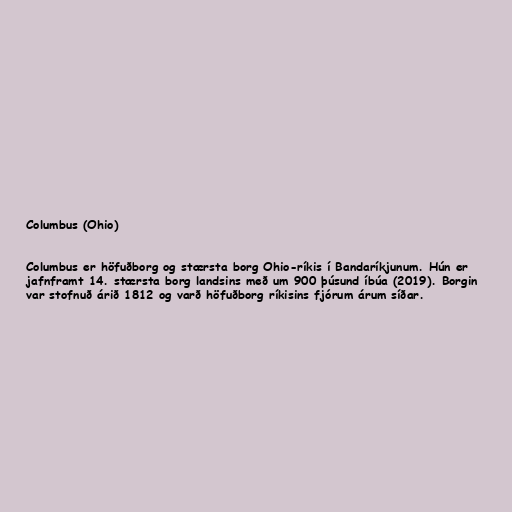
Columbus (Ohio)

Columbus er höfuðborg og stærsta borg Ohio-ríkis í Bandaríkjunum. Hún er
jafnframt 14. stærsta borg landsins með um 900 þúsund íbúa (2019). Borgin
var stofnuð árið 1812 og varð höfuðborg ríkisins fjórum árum síðar.